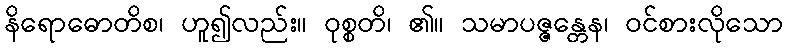
နိရောဓောတိစ၊ ဟူ၍လည်း။ ဝုစ္စတိ၊ ၏။ သမာပဇ္ဇန္တေန၊ ဝင်စားလိုသော